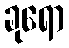
ခုရော